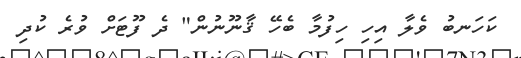
ކަހަނބު ވެލާ އިހި ހިފުމާ ބެހޭ ޤާނޫނުން" ދެ ފޫޓަށް ވުރެ ކުދި